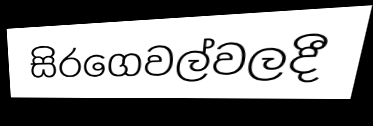
සිරගෙවල්වලදී